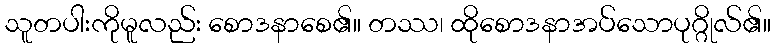
သူတပါးကိုမူလည်း စောဒနာစေ၏။ တဿ၊ ထိုစောဒနာအပ်သောပုဂ္ဂိုလ်၏။